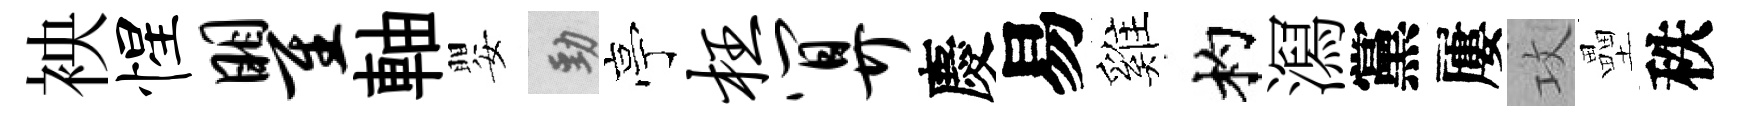
䘧惺瞿軸嬰勁亭枉算慶易雞杓㵼黨屢攻壘秩